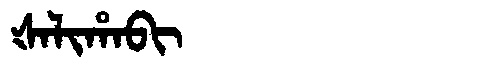
Manchu: ᡧᠠᠯᡳᡥᠠᠪᡳ
Romanization: ŠALIHABI